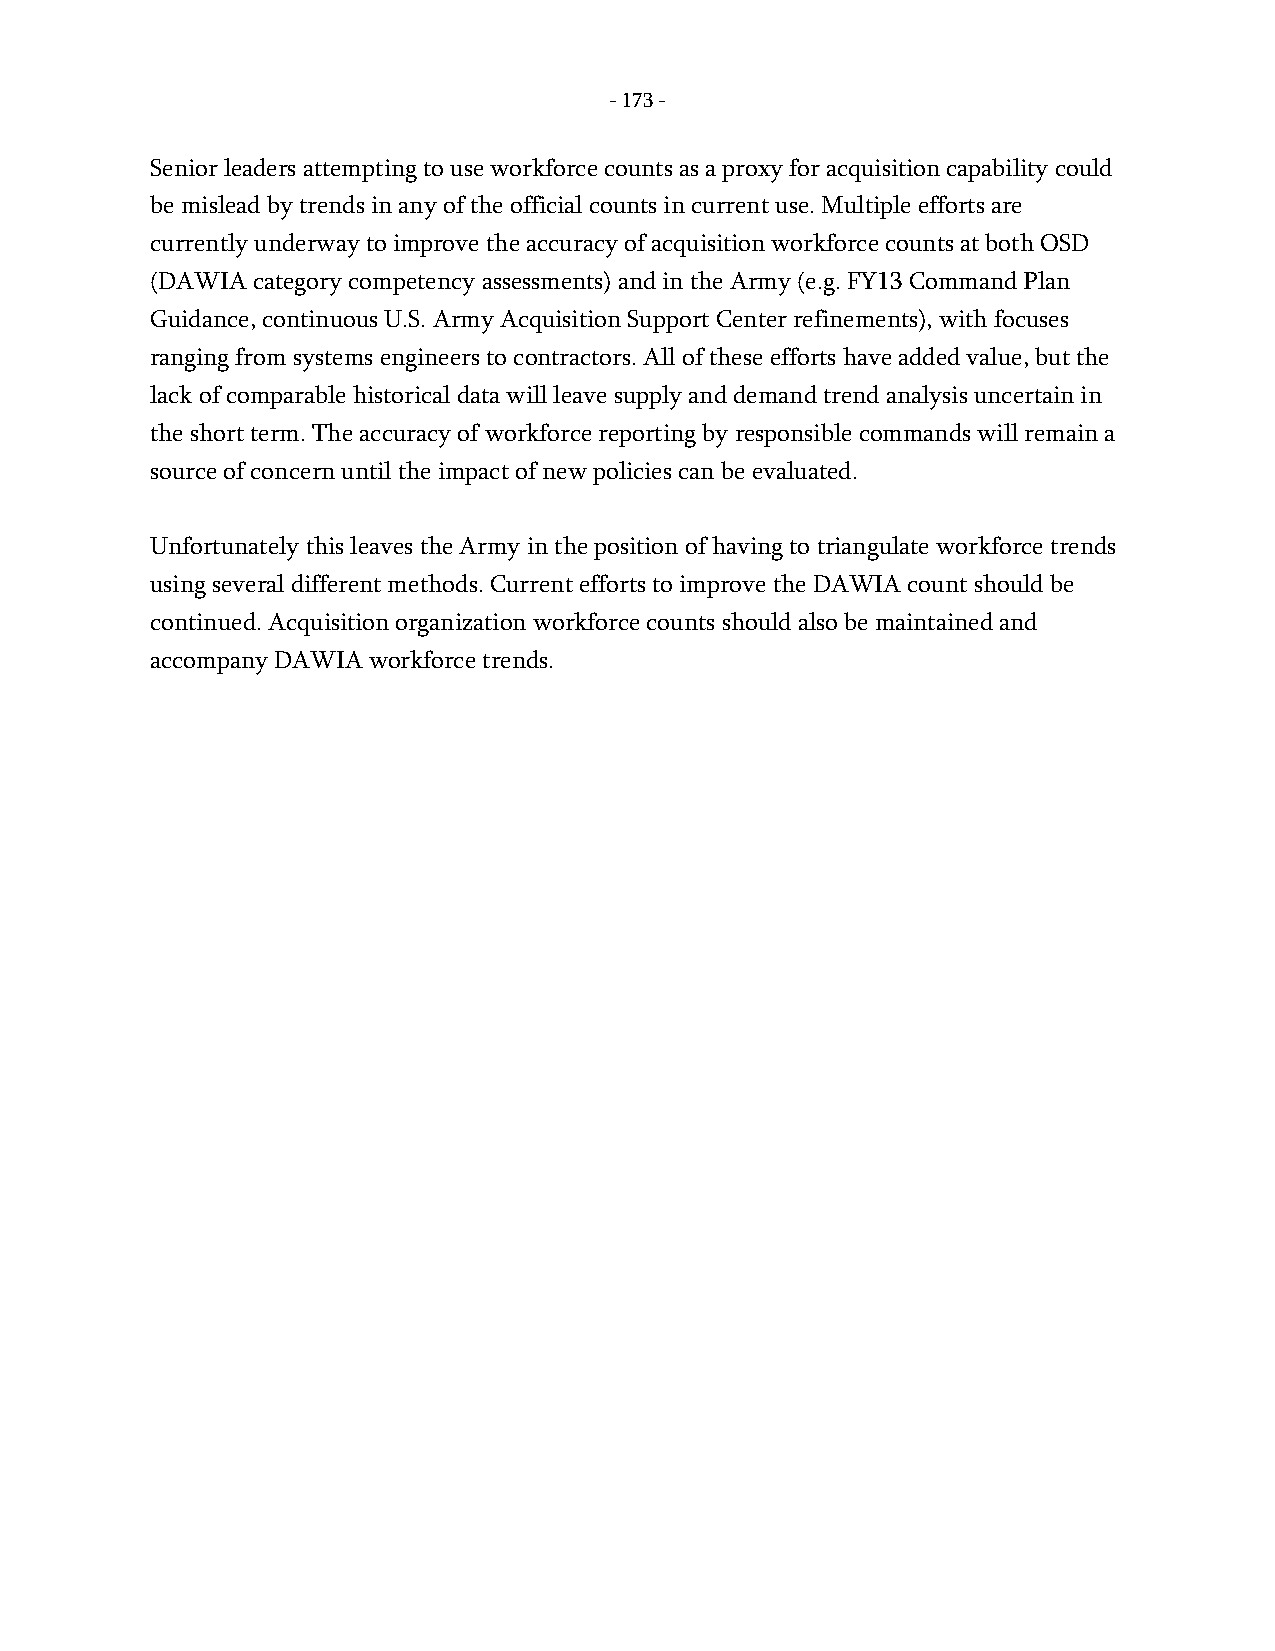
- 173 -
 Senior leaders attempting to use workforce counts as a proxy for acquisition capability could
 be mislead by trends in any of the official counts in current use. Multiple efforts are
 currently underway to improve the accuracy of acquisition workforce counts at both OSD
 (DAWIA category competency assessments) and in the Army (e.g. FY13 Command Plan
 Guidance, continuous U.S. Army Acquisition Support Center refinements), with focuses
 ranging from systems engineers to contractors. All of these efforts have added value, but the
 lack of comparable historical data will leave supply and demand trend analysis uncertain in
 the short term. The accuracy of workforce reporting by responsible commands will remain a
 source of concern until the impact of new policies can be evaluated.
 Unfortunately this leaves the Army in the position of having to triangulate workforce trends
 using several different methods. Current efforts to improve the DAWIA count should be
 continued. Acquisition organization workforce counts should also be maintained and
 accompany DAWIA workforce trends.
 -
 173
 -